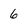
Character: 6